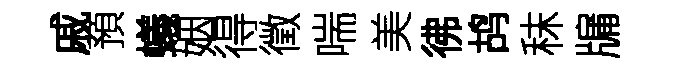
戚預蟻姻得徵喘美彿鸪秣牖